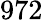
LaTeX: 972